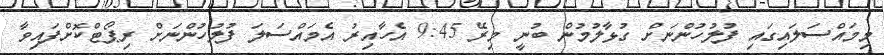
މިމައްސަލައިގައި ފުލުހުންނަށް ގުޅާލުމުން ބުނީ މިރޭ 9:45 އެހާއިރު އެމައްސަލަ ފުލުހުންނަށް ރިޕޯޓްކޮށްފައިވާ